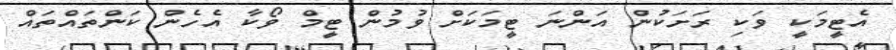
އެޓީމަކީ ވަކި ރަށަކުން އަންނަ ޓީމަކަށް ވުމުން ޓީމް ވޯކާ އެހެން ކަންތައްތައް